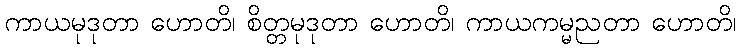
ကာယမုဒုတာ ဟောတိ၊ စိတ္တမုဒုတာ ဟောတိ၊ ကာယကမ္မညတာ ဟောတိ၊